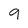
Character: 9